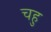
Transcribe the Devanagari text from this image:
चहु